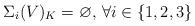
\begin{align*} \Sigma_i(V)_{K}=\varnothing,\,\forall i\in\{1,2,3\}\end{align*}